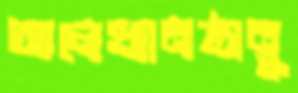
আলেখ্যানষ্ঠানু